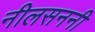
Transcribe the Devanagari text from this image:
नीलसननी